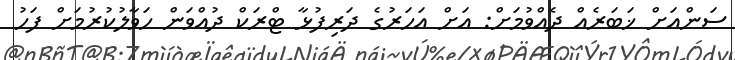
ސަންއަށް ޚަބަރެއް ދެއްވުމަށް: އަށް އަހަރުގެ ދަރިފުޅާ ޓްރަކް ދުއްވަން ހަވާލުކުރުމަށް ފަހު